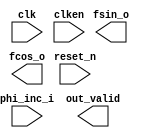

module nco_dsp (
	clk,
	clken,
	phi_inc_i,
	fsin_o,
	fcos_o,
	out_valid,
	reset_n);	

	input		clk;
	input		clken;
	input	[15:0]	phi_inc_i;
	output	[19:0]	fsin_o;
	output	[19:0]	fcos_o;
	output		out_valid;
	input		reset_n;
endmodule